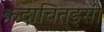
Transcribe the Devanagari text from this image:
कदाचित्‌इसी